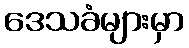
ဒေသခံများမှာ